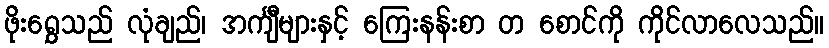
ဖိုးရွှေသည် လုံချည်၊ အင်္ကျီများနှင့် ကြေးနန်းစာ တ စောင်ကို ကိုင်လာလေသည်။